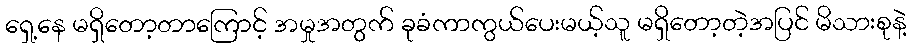
ရှေ့နေ မရှိတော့တာကြောင့် အမှုအတွက် ခုခံကာကွယ်ပေးမယ့်သူ မရှိတော့တဲ့အပြင် မိသားစုနဲ့